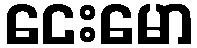
ငေးမော